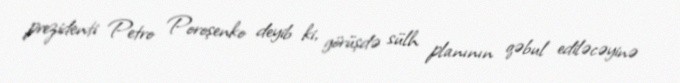
prezidenti Petro Poroşenko deyib ki, görüşdə sülh planının qəbul ediləcəyinə